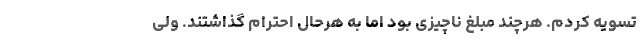
تسویه کردم. هرچند مبلغ ناچیزی بود اما به هرحال احترام گذاشتند. ولی